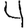
Digit: 4